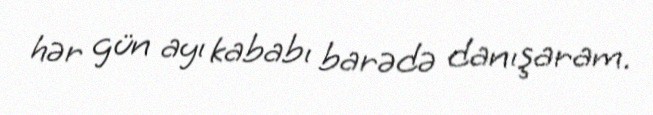
hər gün ayı kababı barədə danışaram.